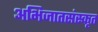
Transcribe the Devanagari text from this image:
अभिजातसंस्कृत